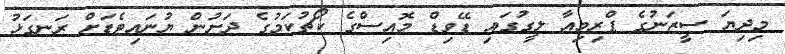
މިދިޔަ ސީޒަނުގެ ޕްރިމިއާ ލީގުގައި ޑޭވިޑް މޮއިސްގެ ކޯޗުކަމުގެ ދަށުން ޔުނައިޓެޑަށް ރަނގަޅު